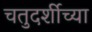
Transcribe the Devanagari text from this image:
चतुदर्शीच्या